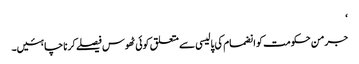
‘
جرمن حکومت کو انضمام کی پالیسی سے متعلق کوئی ٹھوس فیصلے کرنا چاہئیں۔